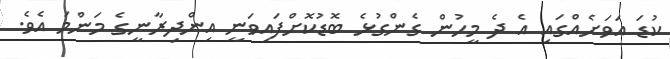
ކުޑަ އަވަށެއްގައި އެ ދެ މީހުން ގެންގުޅެ ބޮޑުކޮށްފައިވަނީ އިންދިރާނީގެ މަންމަ އެވެ.